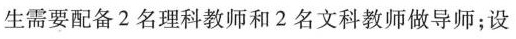
生需要配备2名理科教师和2名文科教师做导师；设